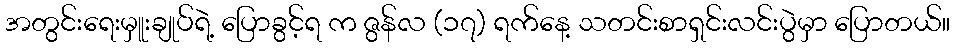
အတွင်းရေးမှူးချုပ်ရဲ့ ပြောခွင့်ရ က ဇွန်လ (၁၇) ရက်နေ့ သတင်းစာရှင်းလင်းပွဲမှာ ပြောတယ်။